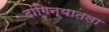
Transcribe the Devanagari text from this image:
दागिन्यातला